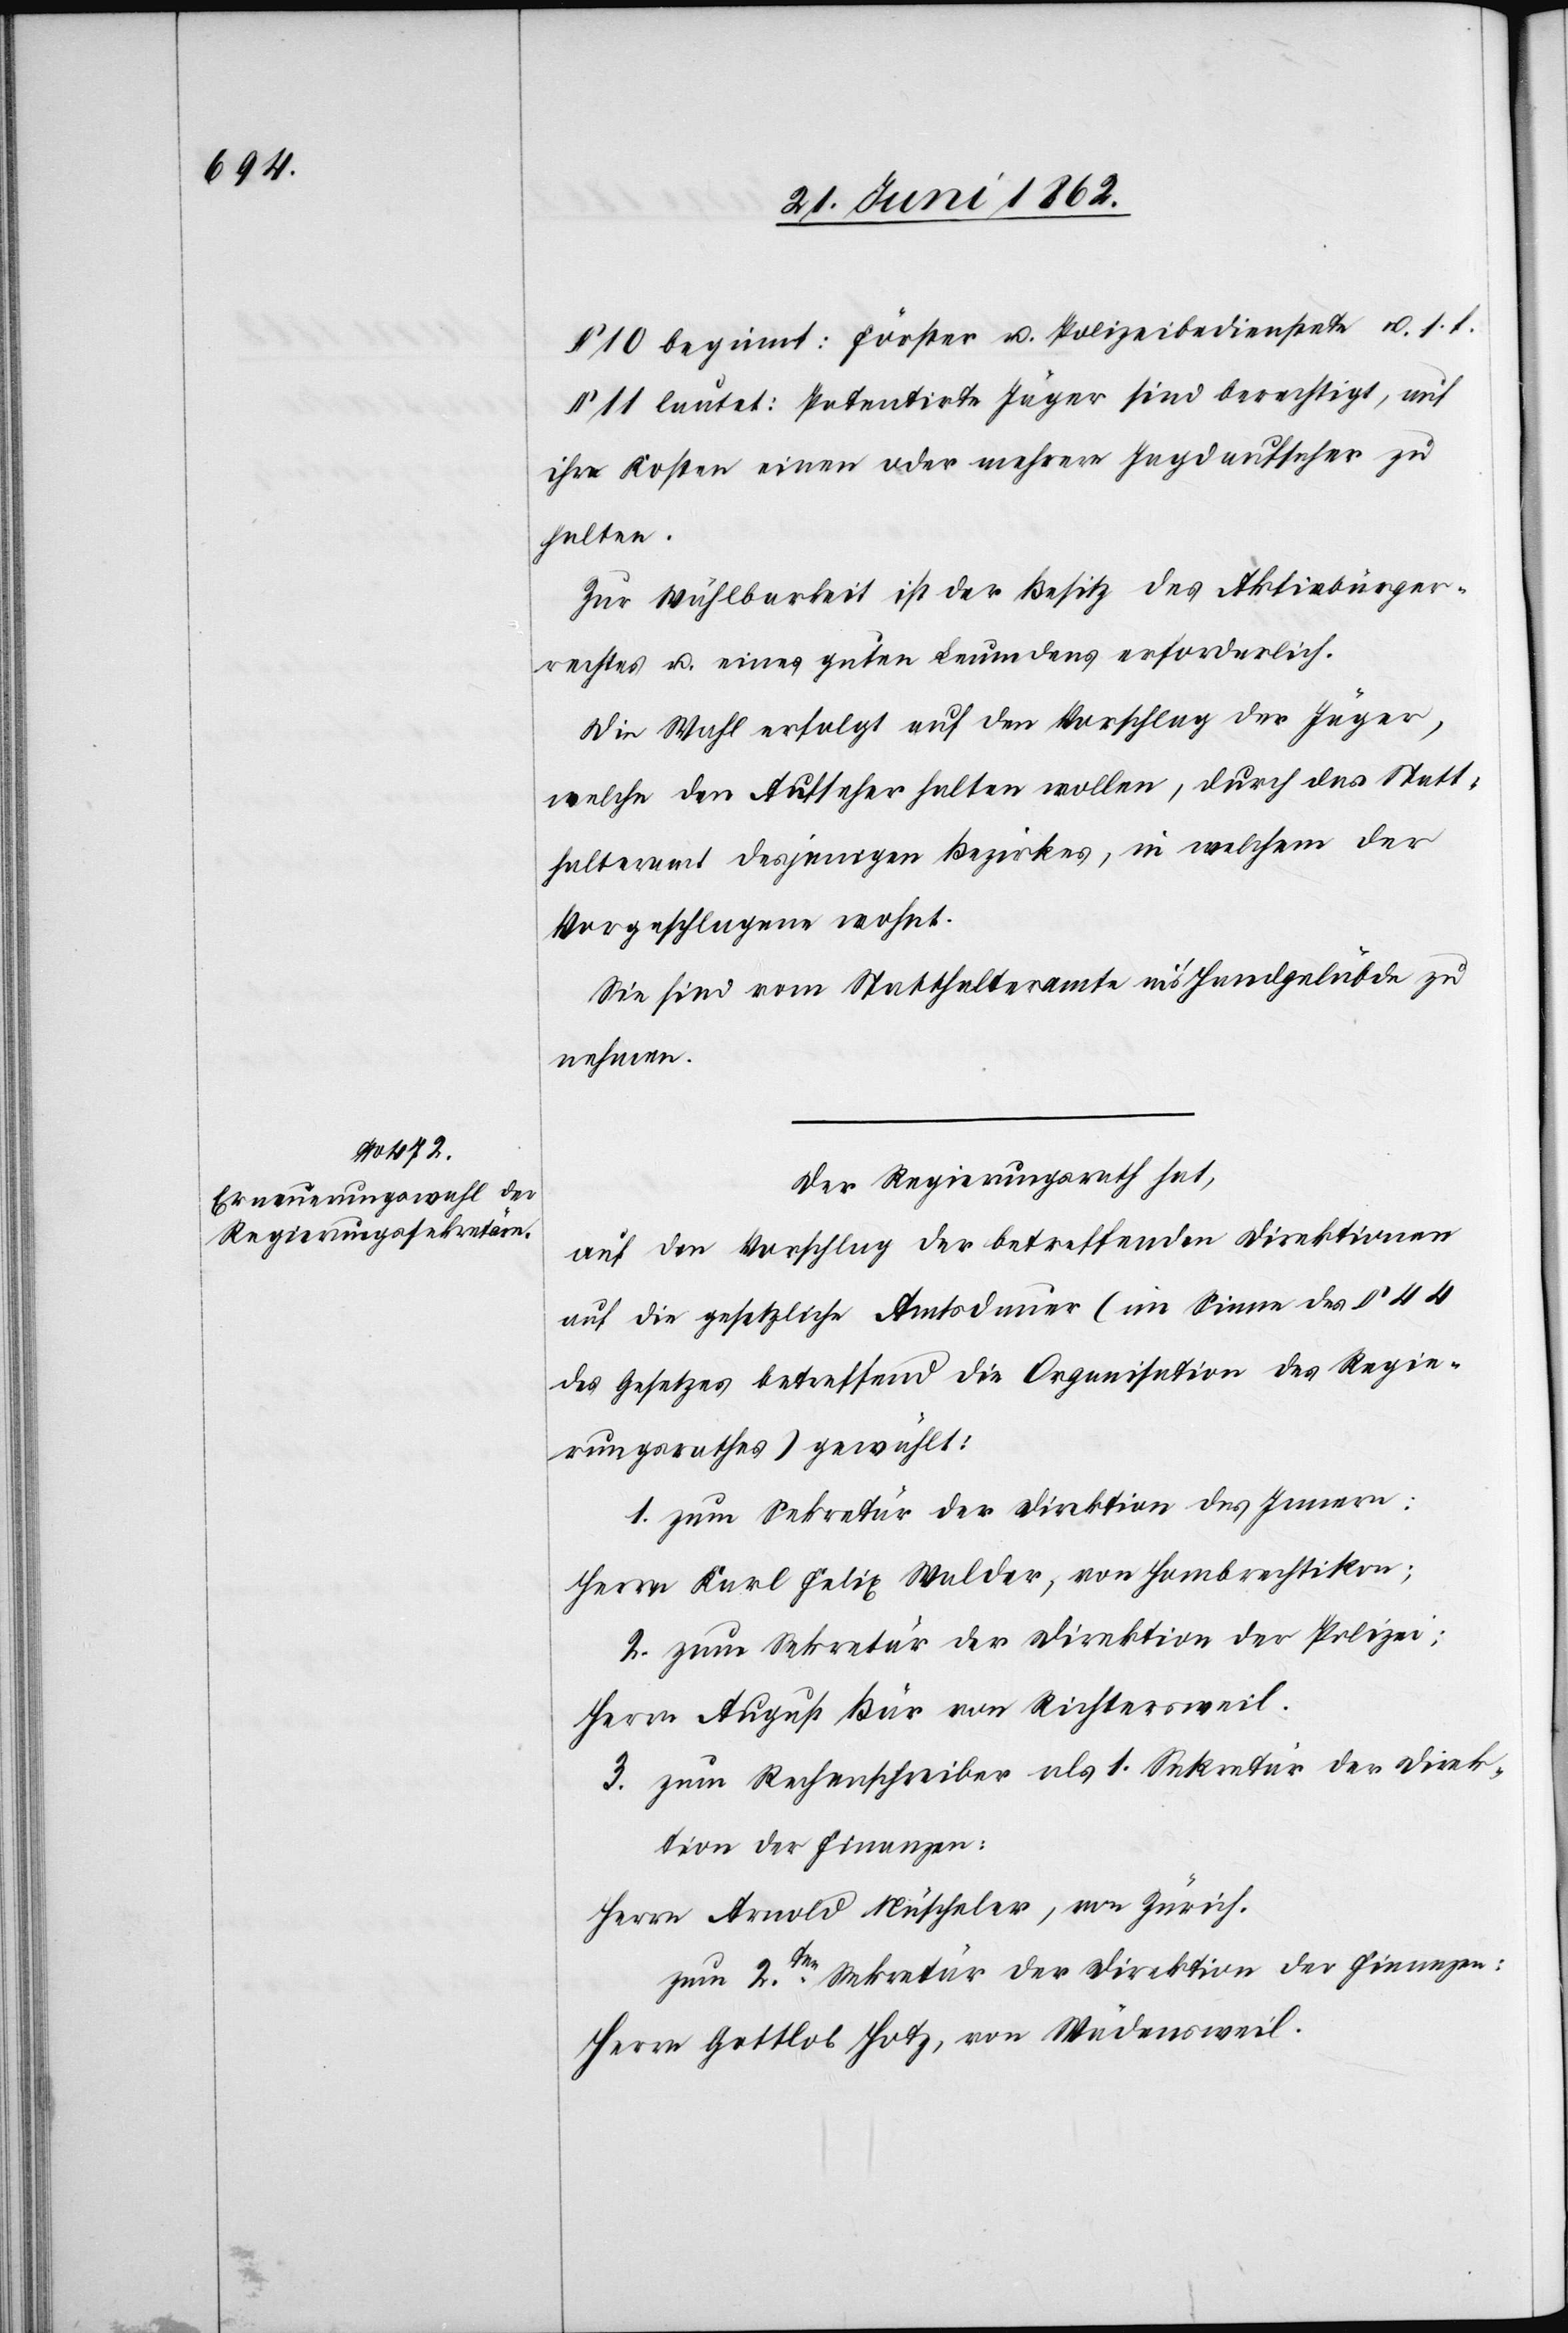
§ 10 beginnt: Förster u. Polizeidiensstelle u. s. f.
§ 11 lautet: Patentirte Jäger sind berechtigt, auf
ihre Kosten einen oder mehrere Jagdaufseher zu
halten.
Zur Wählbarkeit ist der Besitz des Aktivbürger¬
rechtes u. eines guten Leumdens erforderlich.
Die Wahl erfolgt auf den Vorschlag der Jäger,
welche den Aufseher halten wollen, durch das Statt¬
halteramt desjenigen Bezirkes, in welchem der
Vorgeschlagene wohnt.
Sie sind vom Statthalteramte in’s Handgelübde zu
nehmen.
Der Regierungsrath hat,
auf den Vorschlag der betreffenden Direktionen
auf die gesetzliche Amtsdauer (im Sinne des § 44
des Gesetzes betreffend die Organisation des Regie¬
rungsrathes) gewählt:
1. zum Sekretär der Direktion des Innern:
Herrn Karl Felix Walder, von Hombrechtikon;
2. zum Sekretär der Direktion der Polizei:
Herrn August Bär von Richtersweil.
3. zum Rechenschreiber als 1. Sekretär der Direk¬
tion der Finanzen:
Herrn Arnold Nüscheler, von Zürich.
zum 2ten Sekretär der Direktion der Finanzen:
Herrn Gottlob Hotz, von Wädensweil.